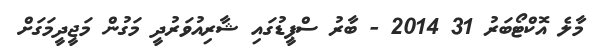
މާލެ އޮކްޓޯބަރު 31 2014 - ބާރު ސްޕީޑުގައި ޝާރިއުވަރުދީ މަގުން މަޖީދީމަގަށް